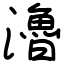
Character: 瀂